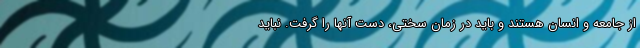
از جامعه و انسان هستند و باید در زمان سختی، دست آنها را گرفت. نباید